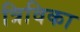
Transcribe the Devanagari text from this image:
त्रिविका